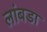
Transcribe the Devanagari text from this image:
लांबडा